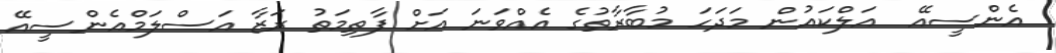
އެންސީއޭ  އަލްކައުން މަދަހަ މުބާރާތުގެ އެއްވަނަ އަށް ފާތިމަތު ރަޒާ އަސްލަމްއެންސީއޭ